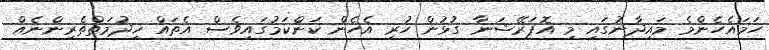
ހަމައެހެންމެ މައިދާނުގައި މި އޮޕަރޭޝަނާ ގުޅުން ހުރި އެހެން ކަންކަމުގައިވެސް އެތައް ޚިދުމަތްތެރިންނެއް